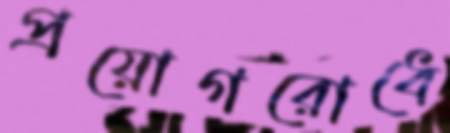
প্রয়োগরোধে